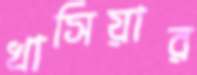
খাসিয়ার